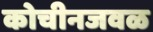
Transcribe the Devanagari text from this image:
कोचीनजवळ